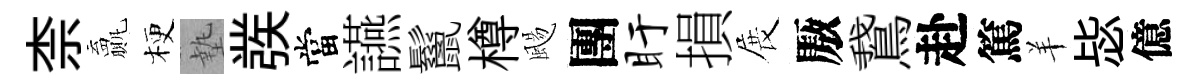
柰贏梗墊彂當讌鬣樽颺團盱損展厫鵞赴篤羊毖億